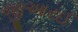
જીઆરઈ